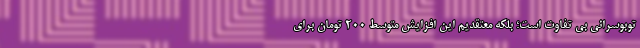
توبوسرانی بی تفاوت است؛ بلکه معتقدیم این افزایش متوسط ۲۰۰ تومان برای